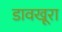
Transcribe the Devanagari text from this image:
डावखूरा